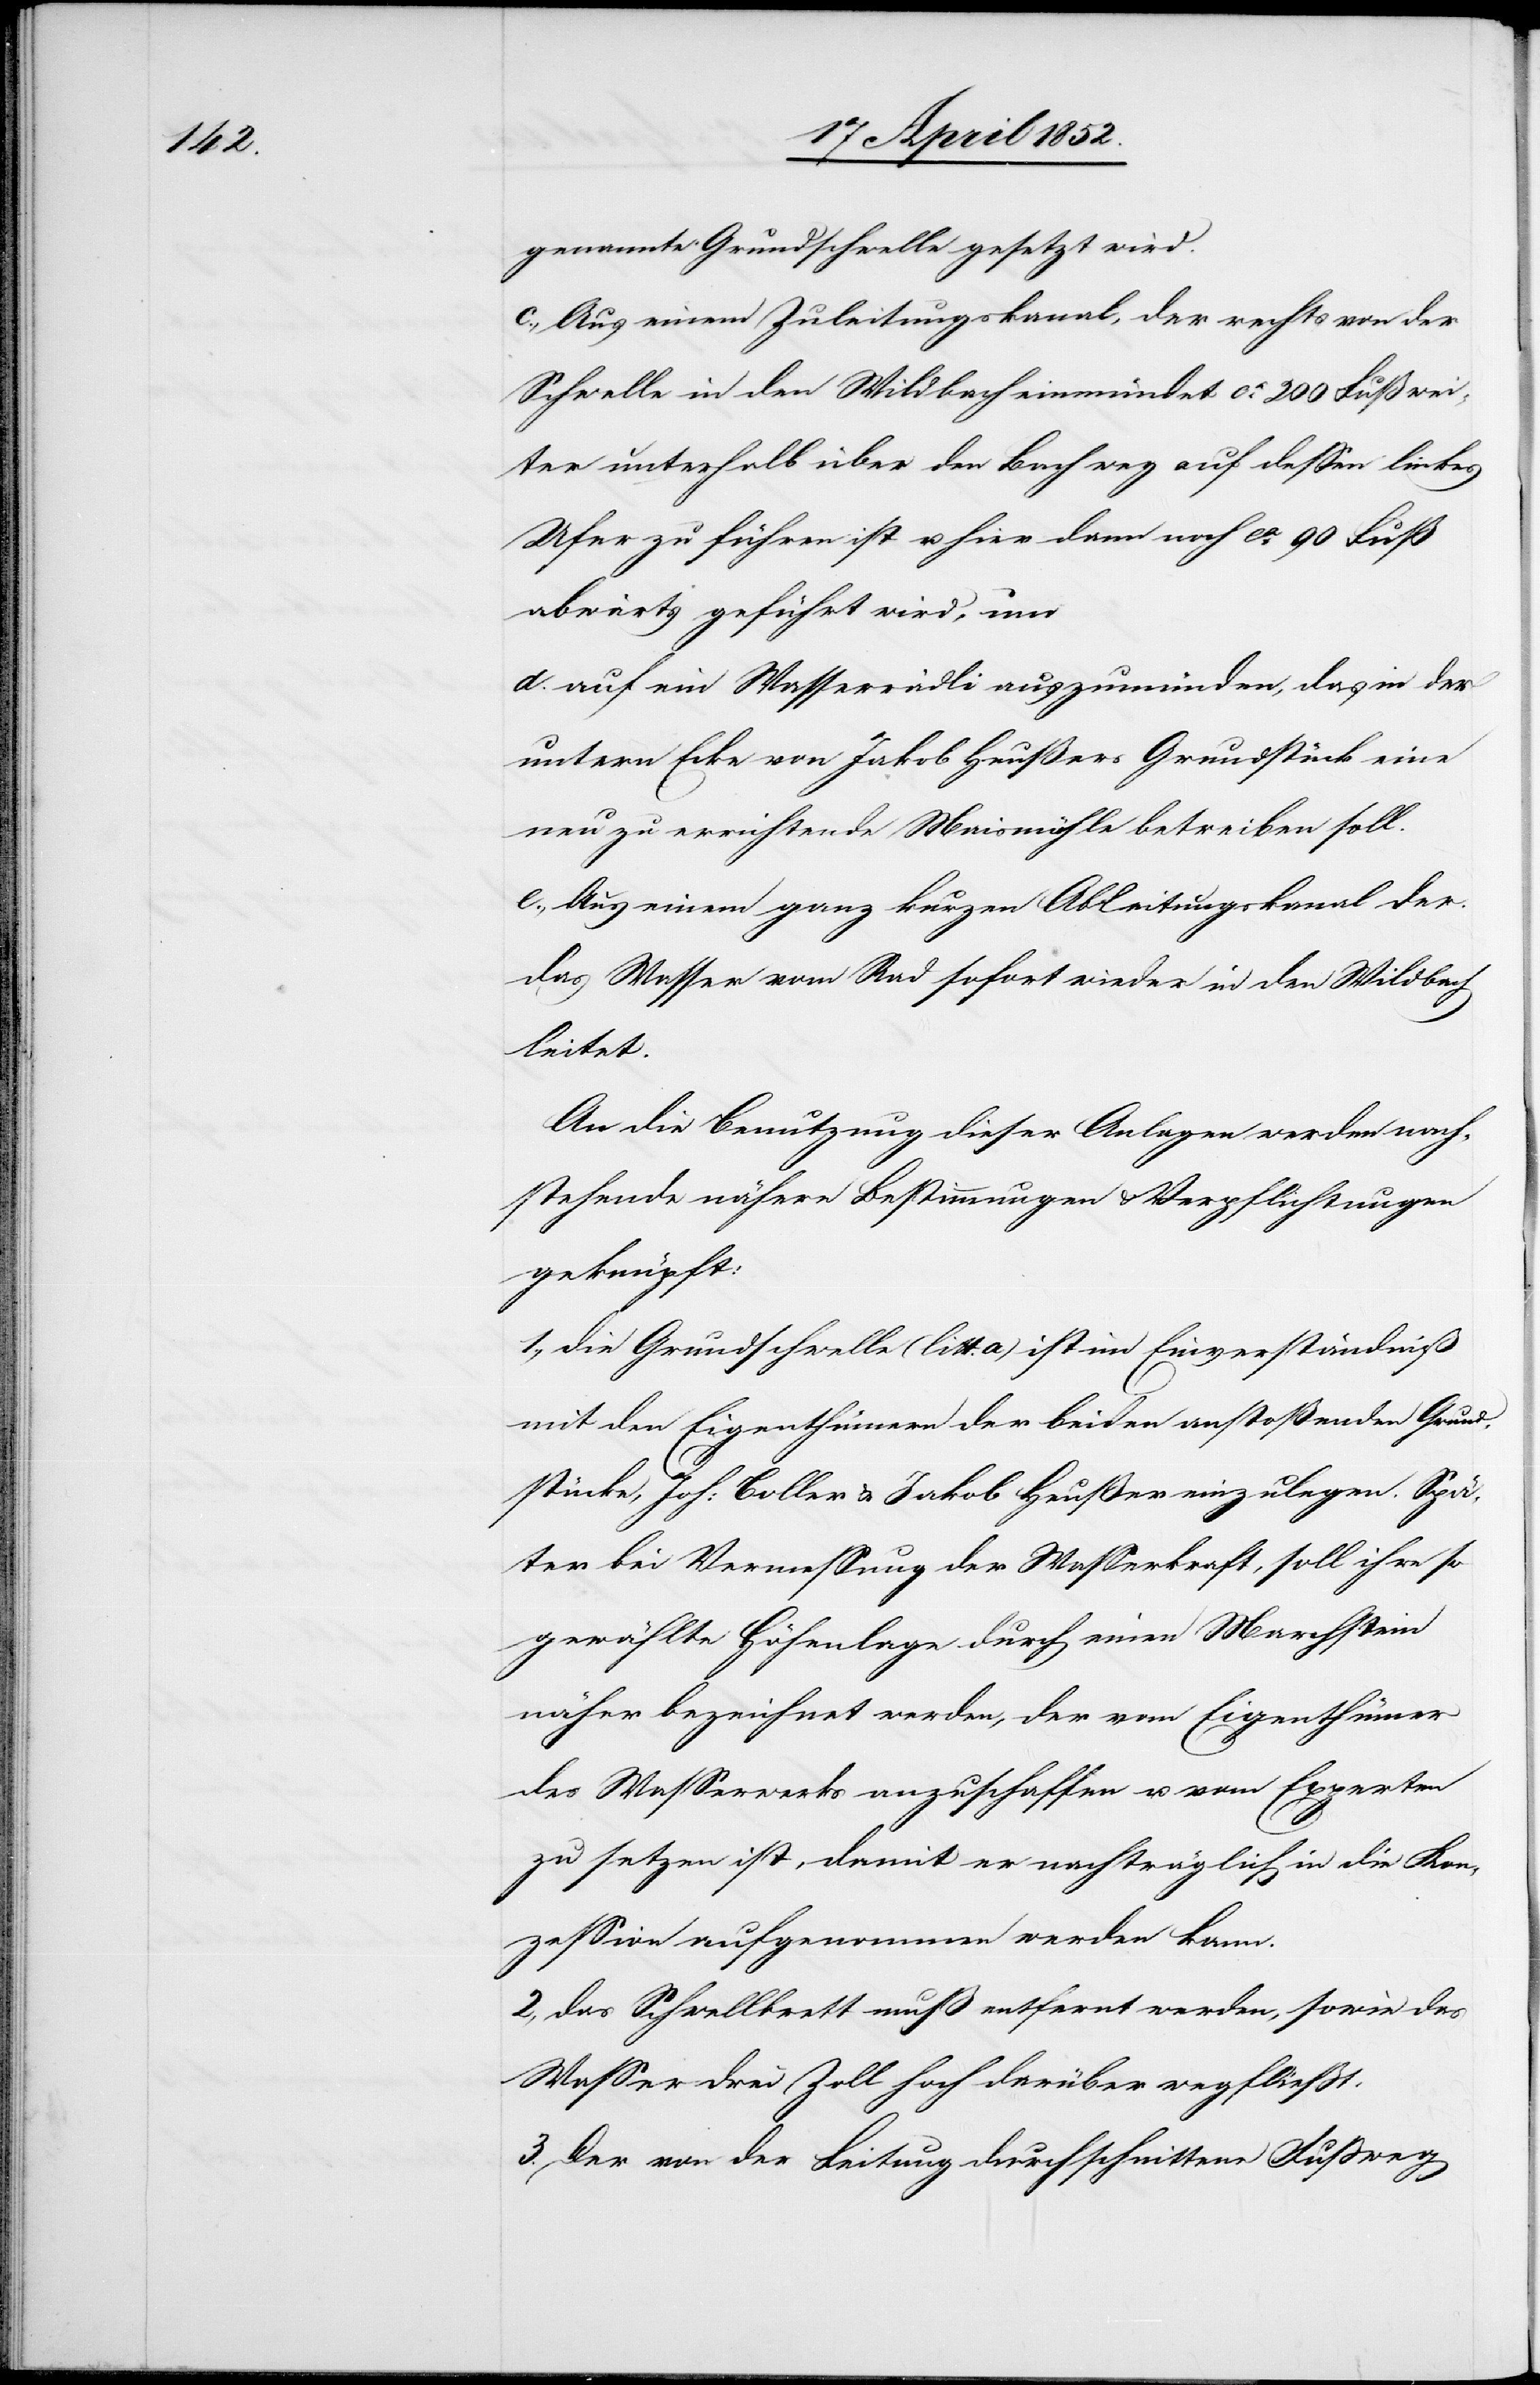
genannte Grundschwelle gesetzt wird.
c., Aus einem Zuleitungskanal, der rechts von der
Schwelle in den Wildbach einmündet ca. 200 Fuß wei¬
ter unterhalb über den Bachweg auf dessen linkes
Ufer zu führen ist u. hier dann noch ca. 90 Fuß
abwärts geführt wird, um
d. auf ein Wasserrädli auszumünden, das in der
untern Ecke von Jakob Heußers Grundstück eine
neu zu errichtende Maismühle betreiben soll.
e., Aus einem ganz kurzen Ableitungskanal der
das Wasser vom Rad sofort wieder in den Wildbach
leitet.
An die Benutzung dieser Anlagen werden nach¬
stehende nähere Bestimmungen & Verpflichtungen
geknüpft:
1., die Grundschwelle (litt. a) ist im Einverständniß
mit den Eigenthümern der beiden anstoßenden Grund¬
stücke, Joh: Boller & Jakob Heußer einzulegen. Spä¬
ter bei Vermessung der Wasserkraft, soll ihre so
gewählte Höhenlage durch einen Marchstein
näher bezeichnet werden, der vom Eigenthümer
des Wasserwerks anzuschaffen u. vom Experten
zu setzen ist, damit er nachträglich in die Kon¬
zession aufgenommen werden kann.
2., das Schwellbrett muß entfernt werden, sowie das
Wasser drei Zoll hoch darüber wegfliesst.
3. Der von der Leitung durchschnittene Fussweg